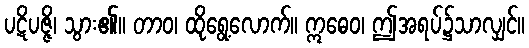
ပဋိပဇ္ဇိ၊ သွား၏။ တာဝ၊ ထိုရွေ့လောက်။ ဣဓေဝ၊ ဤအရပ်၌သာလျှင်။